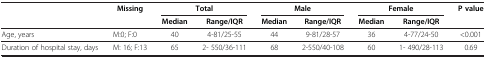
<table><thead><tr><td><b> </b></td><td><b>Missing</b></td><td colspan="2"><b>Total</b></td><td colspan="2"><b>Male</b></td><td colspan="2"><b>Female</b></td><td><b>P value</b></td></tr><tr><td><b> </b></td><td><b> </b></td><td><b>Median</b></td><td><b>Range/IQR</b></td><td><b>Median</b></td><td><b>Range/IQR</b></td><td><b>Median</b></td><td><b>Range/IQR</b></td><td><b> </b></td></tr></thead><tbody><tr><td>Age, years</td><td>M:0; F:0</td><td>40</td><td>4-81/25-55</td><td>44</td><td>9-81/28-57</td><td>36</td><td>4-77/24-50</td><td>&lt;0.001</td></tr><tr><td>Duration of hospital stay, days</td><td>M: 16; F:13</td><td>65</td><td>2- 550/36-111</td><td>68</td><td>2-550/40-108</td><td>60</td><td>1- 490/28-113</td><td>0.69</td></tr></tbody></table>